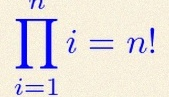
\prod_{i=1}^{n}i=n!